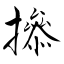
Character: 撡